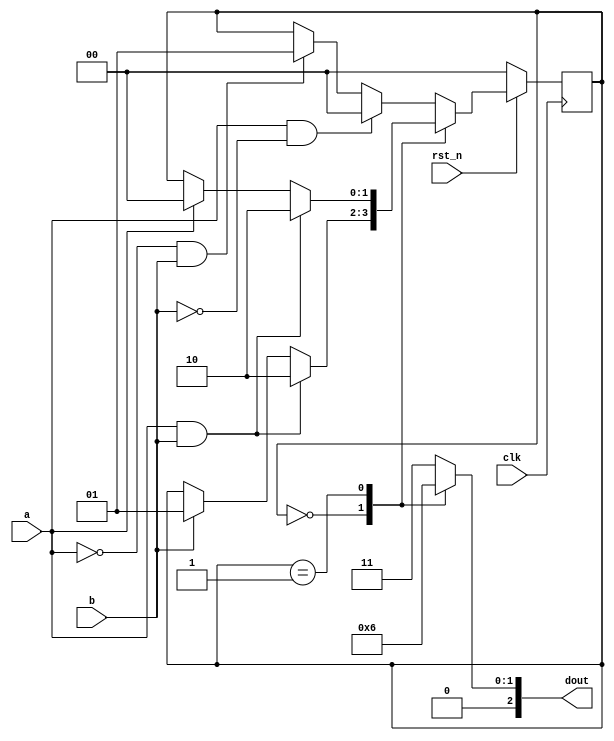
module FsmExample (
    input wire a,
    input wire b,
    input wire clk,
    output reg[2:0] dout,
    input wire rst_n
);
    reg[1:0] st = 0;
    reg[1:0] st_next;
    always @(st) begin: assig_process_dout
        case(st)
            0:
                dout = 3'b001;
            1:
                dout = 3'b010;
            default:
                dout = 3'b011;
        endcase
    end

    always @(posedge clk) begin: assig_process_st
        if (rst_n == 1'b0)
            st <= 0;
        else
            st <= st_next;
    end

    always @(a, b, st) begin: assig_process_st_next
        case(st)
            0:
                if (a & b)
                    st_next = 2;
                else if (b)
                    st_next = 1;
                else
                    st_next = st;
            1:
                if (a & b)
                    st_next = 2;
                else if (a)
                    st_next = 0;
                else
                    st_next = st;
            default:
                if (a & ~b)
                    st_next = 0;
                else if (~a & b)
                    st_next = 1;
                else
                    st_next = st;
        endcase
    end

endmodule